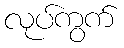
လုပ်ကွက်